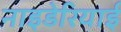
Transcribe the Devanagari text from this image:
नाइडेरियाई